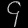
Digit: ၄